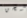
شحن